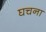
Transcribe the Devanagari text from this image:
घचना